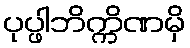
ပုပ္ဖါဘိက္ကိဏမှိ